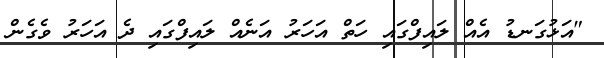
"އަޅުގަނޑު އެއް ލައިފްގައި ހަތް އަހަރު އަނެއް ލައިފްގައި ދެ އަހަރު ވެގެން